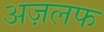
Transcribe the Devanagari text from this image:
अज़लफ